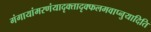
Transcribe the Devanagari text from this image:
गंगायांमरणंयादृक्तादृक्फलमवाप्नुयादिति